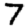
Digit: 7